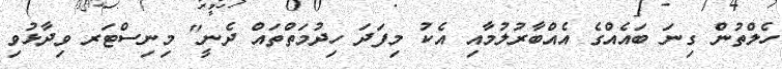
ހެލްތުން ގިނަ ބައެއްގެ އެއްބާރުލުމާއި އެކު މިފަދަ ހިދުމަތްތައް ދެނީ" މިނިސްޓަރ ވިދާޅުވި